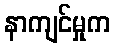
နာကျင်မှုက